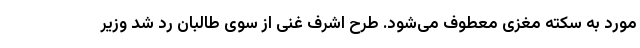
مورد به سکته مغزی معطوف می‌شود. طرح اشرف غنی از سوی طالبان رد شد وزیر